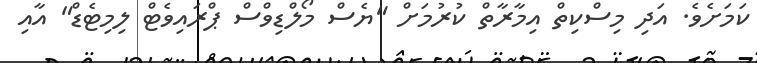
ކަމަށެެވެ. އަދި މިސްކިތް އިމާރާތް ކުރުމަށް "ޔެސް މޯލްޑިވްސް ޕްރައިވެޓް ލިމިޓެޑް" އާއި